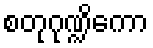
စတုဂုဏ္ဍိကော